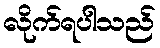
လိုက်ရပါသည်